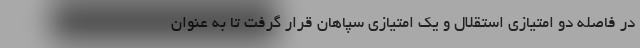
در فاصله دو امتیازی استقلال و یک امتیازی سپاهان قرار گرفت تا به عنوان